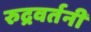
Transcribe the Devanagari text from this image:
रुद्रवर्तनी